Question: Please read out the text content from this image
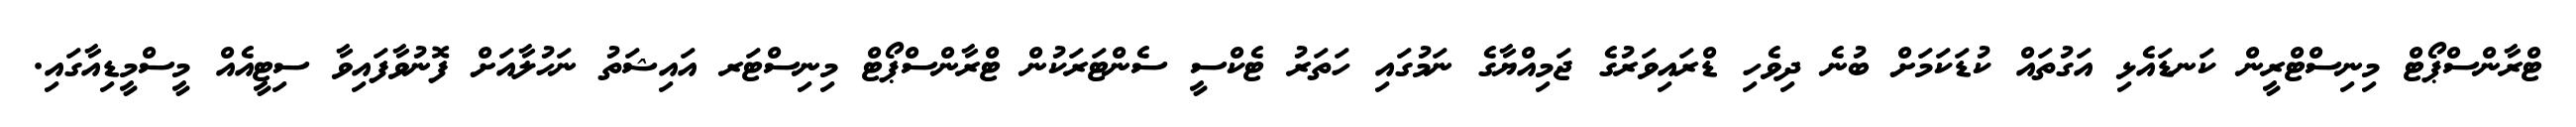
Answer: ޓްރާންސްޕޯޓް މިނިސްޓްރީން ކަނޑައެޅި އަގުތައް ކުޑަކަމަށް ބުނެ ދިވެހި ޑްރައިވަރުގެ ޖަމިއްޔާގެ ނަމުގައި ހަތަރު ޓެކްސީ ސެންޓަރަކުން ޓްރާންސްޕޯޓް މިނިސްޓަރ އައިޝަތު ނަހުލާއަށް ފޮނުވާފައިވާ ސިޓީއެއް މީސްމީޑިއާގައި.